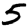
Digit: 5